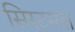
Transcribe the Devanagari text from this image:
सिस्टमस